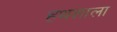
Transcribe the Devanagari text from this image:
हथशाला